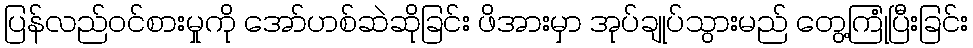
ပြန်လည်ဝင်စားမှုကို အော်ဟစ်ဆဲဆိုခြင်း ဖိအားမှာ အုပ်ချုပ်သွားမည် တွေ့ကြုံပြီးခြင်း